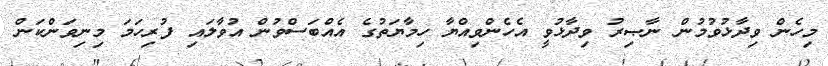
މިހެން ވިދާޅުވުމުން ނާޞިރު ވިދާޅުވީ އެހެންވިއްޔާ ހިމާޔަތުގެ އެއްބަސްވުން އުވާލައި ފުރިހަމަ މިނިވަންކަން